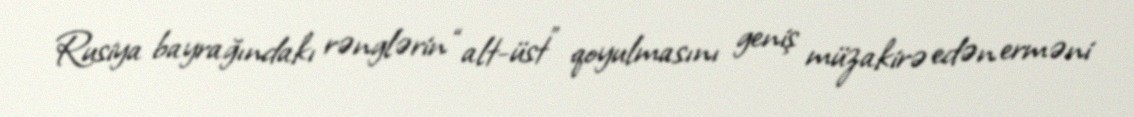
Rusiya bayrağındakı rənglərin “alt-üst” qoyulmasını geniş müzakirə edən erməni